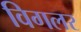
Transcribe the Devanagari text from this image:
विगलर